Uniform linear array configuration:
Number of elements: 12
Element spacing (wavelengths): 0.25
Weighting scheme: exponential
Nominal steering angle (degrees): -45
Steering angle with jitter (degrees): -45.521
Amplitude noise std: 0.05
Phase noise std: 0.05

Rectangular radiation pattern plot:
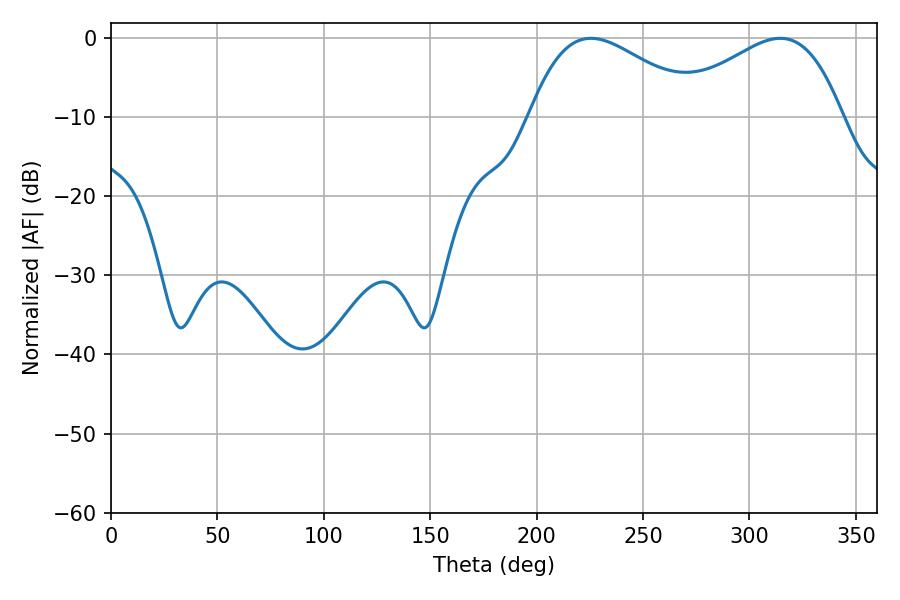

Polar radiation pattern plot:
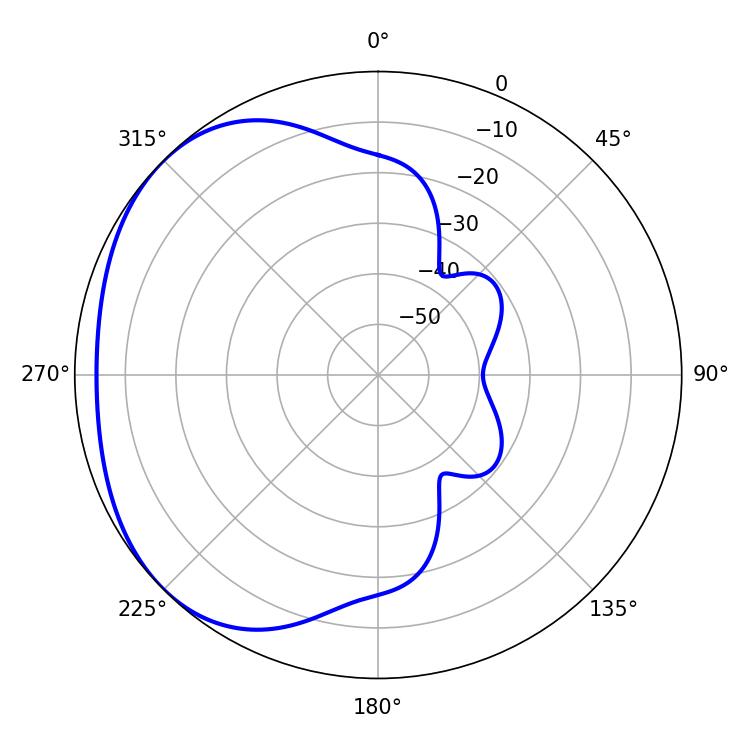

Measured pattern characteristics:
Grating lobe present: FALSE
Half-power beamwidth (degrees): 43.74
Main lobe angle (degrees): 225.54